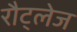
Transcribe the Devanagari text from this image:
रौट्लेज